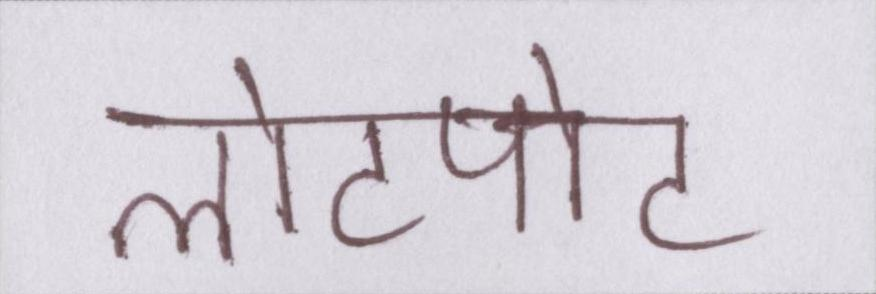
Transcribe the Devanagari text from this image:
लोटपोट